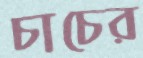
চাচের